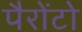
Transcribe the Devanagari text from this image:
पैरोंटो